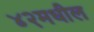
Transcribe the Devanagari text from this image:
४२मधील